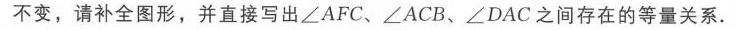
不变，请补全图形，并直接写出\(\angle AFC\)、\(\angle ACB\)、\(\angle DAC\)之间存在的等量关系.